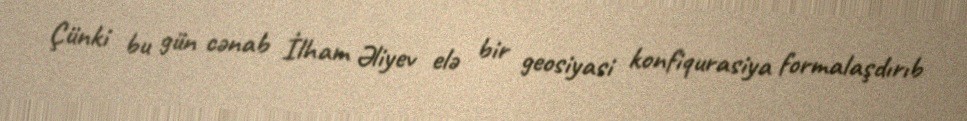
Çünki bu gün cənab İlham Əliyev elə bir geosiyasi konfiqurasiya formalaşdırıb